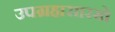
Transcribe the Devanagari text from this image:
उपग्रहासारखे